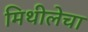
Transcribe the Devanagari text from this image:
मिथीलेचा